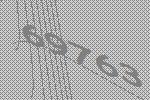
69763